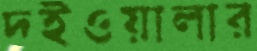
দইওয়ালার